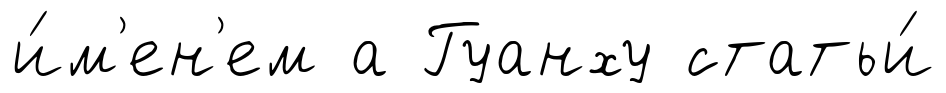
и́м'ен'ем а Гуанху статьи́